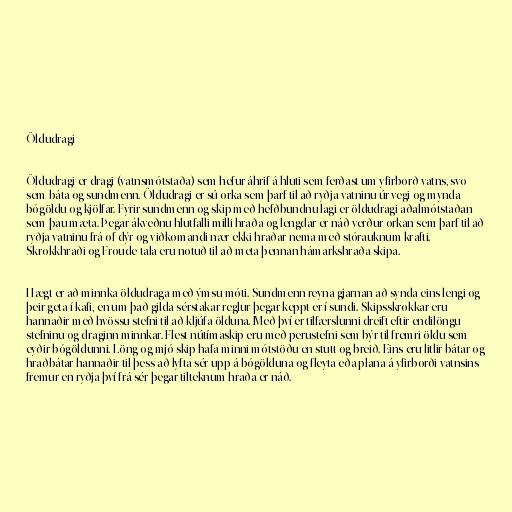
Öldudragi

Öldudragi er dragi (vatnsmótstaða) sem hefur áhrif á hluti sem ferðast um yfirborð vatns, svo
sem báta og sundmenn. Öldudragi er sú orka sem þarf til að ryðja vatninu úr vegi og mynda
bógöldu og kjölfar. Fyrir sundmenn og skip með hefðbundnu lagi er öldudragi aðalmótstaðan
sem þau mæta. Þegar ákveðnu hlutfalli milli hraða og lengdar er náð verður orkan sem þarf til að
ryðja vatninu frá of dýr og viðkomandi nær ekki hraðar nema með stórauknum krafti.
Skrokkhraði og Froude-tala eru notuð til að meta þennan hámarkshraða skipa.

Hægt er að minnka öldudraga með ýmsu móti. Sundmenn reyna gjarnan að synda eins lengi og
þeir geta í kafi, en um það gilda sérstakar reglur þegar keppt er í sundi. Skipsskrokkar eru
hannaðir með hvössu stefni til að kljúfa ölduna. Með því er tilfærslunni dreift eftir endilöngu
stefninu og draginn minnkar. Flest nútímaskip eru með perustefni sem býr til fremri öldu sem
eyðir bógöldunni. Löng og mjó skip hafa minni mótstöðu en stutt og breið. Eins eru litlir bátar og
hraðbátar hannaðir til þess að lyfta sér upp á bógölduna og fleyta eða plana á yfirborði vatnsins
fremur en ryðja því frá sér þegar tilteknum hraða er náð.